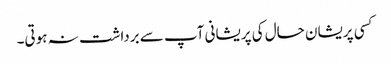
کسی پریشان حال کی پریشانی آپ سے برداشت نہ ہوتی۔